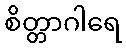
စိတ္တာဂါရေ